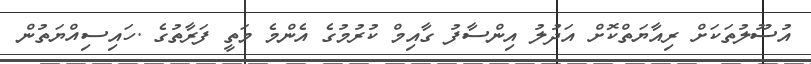
އުސޫލުތަކަށް ރިއާޔަތްކޮށް އަދުލު އިންސާފު ގާއިމް ކުރުމުގެ އެންމެ މަތީ ފަރާތުގެ .ހައިސިއްޔަތުން